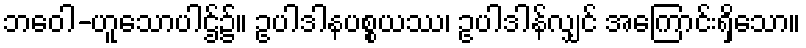
ဘဝေါ-ဟူသောပါဌ်၌။ ဥပါဒါနပစ္စယဿ၊ ဥပါဒါန်လျှင် အကြောင်းရှိသော။